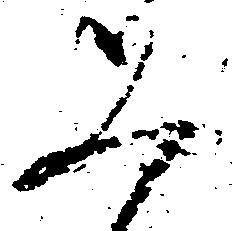
ち